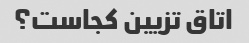
اتاق تزیین کجاست؟